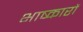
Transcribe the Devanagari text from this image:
भाष्कारों